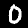
Label: 0